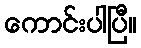
ကောင်းပါပြီ။